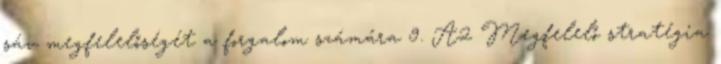
sáv megfelelőségét a forgalom számára 9. A2 Megfelelő stratégia